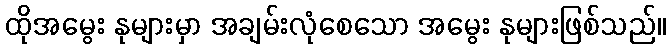
ထိုအမွေး နုများမှာ အချမ်းလုံစေသော အမွေး နုများဖြစ်သည်။